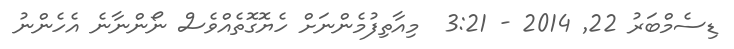
ޑިސެމްބަރު 22